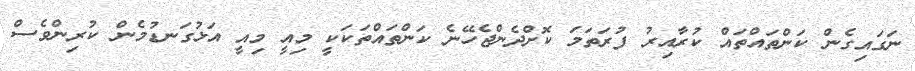
ނަގައިގެން ކަންތައްތައް ކުރާއިރު ފުރަތަމަ ކޮށްދެންޖެހޭނެ ކަންތައްތަކަކީ މިއީ މިއީ އަޅުގަނޑުމެން ކުރިންވެސް